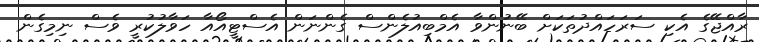
ރާއްޖޭގެ އެކި ސަރަހައްދުތަކަށް ބޭނުންވާ އެމްބިއުލެންސް ގެންނަން އެސްޓީއޯއާ ހަވާލުކުރީ ވެސް ނިމިގެން